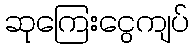
ဆုကြေးငွေကျပ်